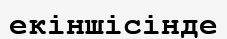
екіншісінде